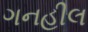
ગનહીલ